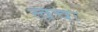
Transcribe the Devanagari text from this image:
त्वचः